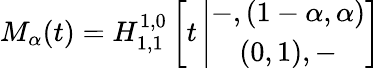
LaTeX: M_{\alpha}(t)=H_{1,1}^{1,0}\left[t\left|\begin{array}{c}{-,(1-\alpha,\alpha)}\\ {(0,1),-}\end{array}\right.\right]